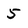
Character: 5